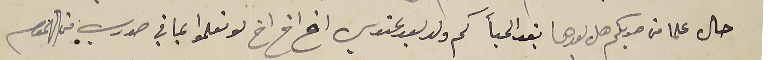
حال علما من صوبكم هل بعدها تعِد الحبأ كم ولد بعد عندي اخ اخ اخ لو تعلموا بما في صدري من الهموم